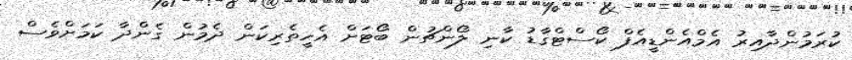
ކުރަމުންދާއިރު އެމްއެންޑީއެފް ކޯސްޓްގާޑު ކާނި ލޯންޗުން ބޯޓަށް އެހީތެރިކަން ދެމުން ގެންދާ ކަމަށްވެސް